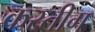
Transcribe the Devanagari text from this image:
कस्तीग